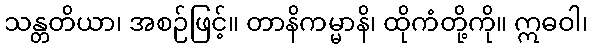
သန္တတိယာ၊ အစဉ်ဖြင့်။ တာနိကမ္မာနိ၊ ထိုကံတို့ကို။ ဣဓဝါ၊